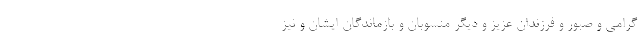
گرامی و صبور و فرزندان عزیز و دیگر منسوبان و بازماندگان ایشان و نیز